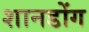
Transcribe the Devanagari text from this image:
शानडोंग